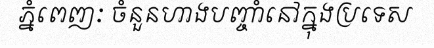
ភ្នំពេញៈ ចំនួនហាងបញ្ចាំនៅក្នុងប្រទេស